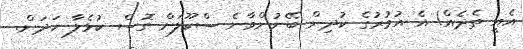
އެއީ ތެދެއް! އެ އުމުރުގެ ކުދިން ބޭނުންވާނެ ސްކޫލަށް ގޮސް ކުޅެލާ ހަދަން.